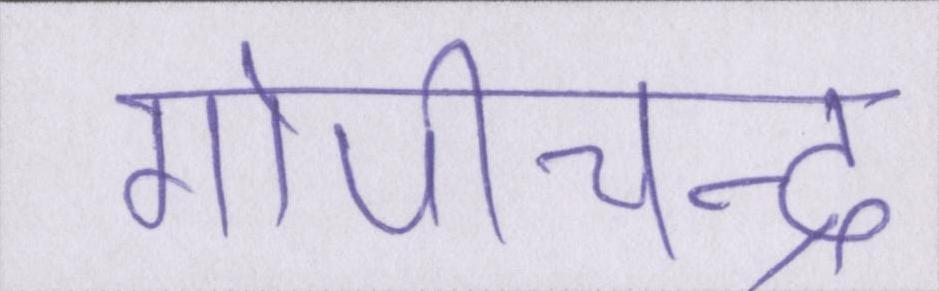
गोपीचन्द्र